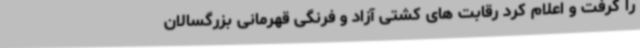
را گرفت و اعلام کرد رقابت های کشتی آزاد و فرنگی قهرمانی بزرگسالان